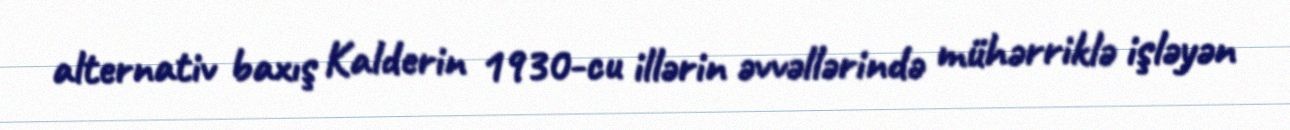
alternativ baxış Kalderin 1930-cu illərin əvvəllərində mühərriklə işləyən